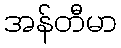
အန်တီမာ